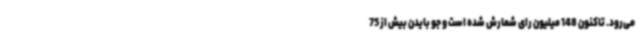
می‌رود. تاکنون 148 میلیون رای شمارش شده است و جو بایدن بیش از 75